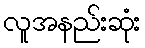
လူအနည်းဆုံး